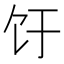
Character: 𬲨